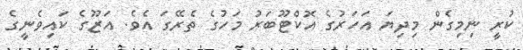
ކުރީ ނިމިގެން މިދިޔަ އަހަރުގެ އޮކްޓޫބަރު މަހުގެ ތެރޭގަ އެވެ. އަޒޫގެ ކައިވެނީގެ